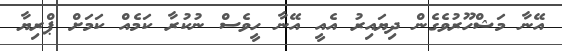
އޭނާ މަޝްހޫރުވެގެން ދިޔައިރު އެއީ އޭނާ ހީވެސް ނުކުރާ ކަމެއް ކަަމަށް ޕްރިޔާ